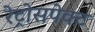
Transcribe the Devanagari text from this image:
रेट्रोसपेक्ट